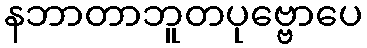
နဘာတာဘူတပုဗ္ဗောပေ